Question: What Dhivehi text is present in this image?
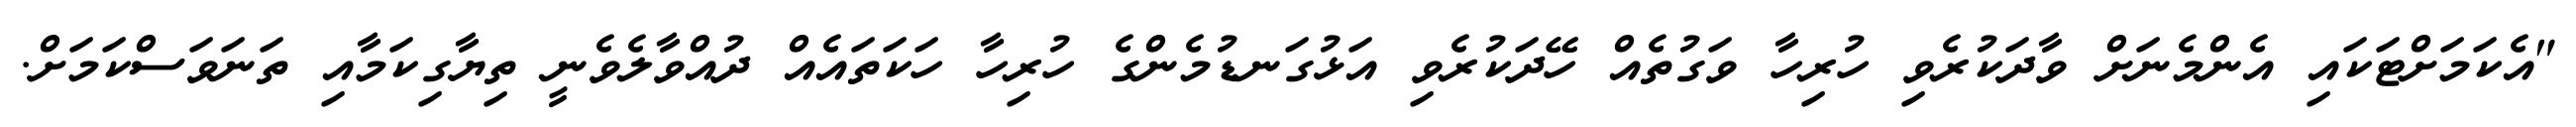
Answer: "އެކަމަށްޓަކައި އެންމެނަށް ވާދަކުރެވި ހުރިހާ ވަގުތެއް ހޭދަކުރެވި އަޅުގަނޑުމެންގެ ހުރިހާ ހަކަތައެއް ދުއްވާލެވެނީ ތިޔާގިކަމާއި ތަނަވަސްކަމަށް.